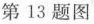
第13题图